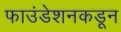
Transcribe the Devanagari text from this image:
फाउंडेशनकडून